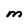
Character: M